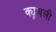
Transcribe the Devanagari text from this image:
क्यूथली